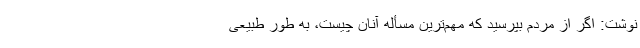
نوشت: اگر از مردم بپرسید که مهم‌ترین مسأله آنان چیست، به طور طبیعی